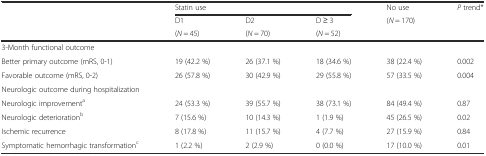
<table><thead><tr><td rowspan="3">[EMPTY_CELL]</td><td colspan="3"><b>Statin use</b></td><td><b>No use</b></td><td rowspan="3"><b><i>P</i> trend*</b></td></tr><tr><td><b>D1</b></td><td><b>D2</b></td><td><b>D ≥ 3</b></td><td rowspan="2"><b>(<i>N</i> = 170)</b></td></tr><tr><td><b>(<i>N</i> = 45)</b></td><td><b>(<i>N</i> = 70)</b></td><td><b>(<i>N</i> = 52)</b></td></tr></thead><tbody><tr><td>3-Month functional outcome</td><td>[EMPTY_CELL]</td><td>[EMPTY_CELL]</td><td>[EMPTY_CELL]</td><td>[EMPTY_CELL]</td><td>[EMPTY_CELL]</td></tr><tr><td>Better primary outcome (mRS, 0-1)</td><td>19 (42.2 %)</td><td>26 (37.1 %)</td><td>18 (34.6 %)</td><td>38 (22.4 %)</td><td>0.002</td></tr><tr><td>Favorable outcome (mRS, 0-2)</td><td>26 (57.8 %)</td><td>30 (42.9 %)</td><td>29 (55.8 %)</td><td>57 (33.5 %)</td><td>0.004</td></tr><tr><td>Neurologic outcome during hospitalization</td><td>[EMPTY_CELL]</td><td>[EMPTY_CELL]</td><td>[EMPTY_CELL]</td><td>[EMPTY_CELL]</td><td>[EMPTY_CELL]</td></tr><tr><td>Neurologic improvement<sup>a</sup></td><td>24 (53.3 %)</td><td>39 (55.7 %)</td><td>38 (73.1 %)</td><td>84 (49.4 %)</td><td>0.87</td></tr><tr><td>Neurologic deterioration<sup>b</sup></td><td>7 (15.6 %)</td><td>10 (14.3 %)</td><td>1 (1.9 %)</td><td>45 (26.5 %)</td><td>0.02</td></tr><tr><td>Ischemic recurrence</td><td>8 (17.8 %)</td><td>11 (15.7 %)</td><td>4 (7.7 %)</td><td>27 (15.9 %)</td><td>0.84</td></tr><tr><td>Symptomatic hemorrhagic transformation<sup>c</sup></td><td>1 (2.2 %)</td><td>2 (2.9 %)</td><td>0 (0.0 %)</td><td>17 (10.0 %)</td><td>0.01</td></tr></tbody></table>